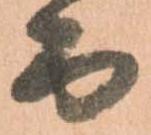
而